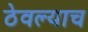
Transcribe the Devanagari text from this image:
ठेवल्याच